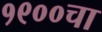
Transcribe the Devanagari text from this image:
१९००चा